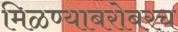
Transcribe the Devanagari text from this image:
मिळण्याबरोबरच